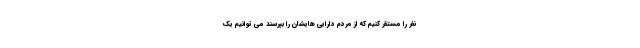
نفر را مستقر کنیم که از مردم دارایی هایشان را بپرسند می توانیم یک